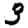
Digit: 3